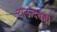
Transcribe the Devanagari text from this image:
दाऊदचेही